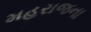
મહરાજના